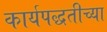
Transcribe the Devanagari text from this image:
कार्यपद्धतीच्या